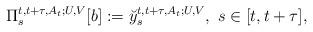
LaTeX: \begin{align*}\Pi_{s}^{t,t+\tau,A_t;U,V}[b] := \breve{y}_{s}^{t,t+\tau,A_t;U,V},~ s \in [t,t+\tau],\end{align*}